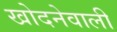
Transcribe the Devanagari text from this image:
खोदनेवाली